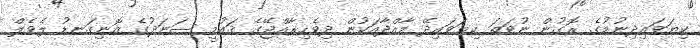
ކިޔަވައިދިނުމުގެ ރޮގުން ނުވަތަ ކިޔަވައިދޭ މާއްދާއަކުން ދިވެހިރާއްޖޭގެ ޤައުމީ ސަނަދުގެ އޮނިގަނޑު ލެވެލް